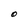
Character: O